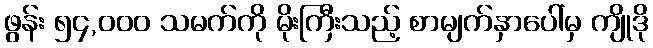
ဖွန်း ၅၄,၀၀၀ သမက်ကို မိုးကြီးသည့် စာမျက်နှာပေါ်မှ ကျိုဒို